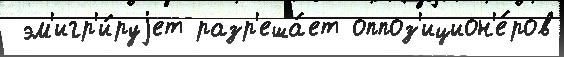
 эм'игр'и́руjет разр'еша́ет оппоз'ицион'е́ров